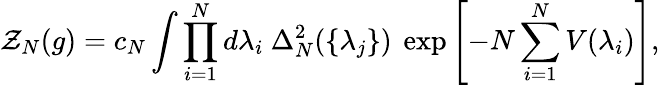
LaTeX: \mathcal{Z}_{N}(g)=c_{N}\int\prod_{i=1}^{N}d\lambda_{i}\ \Delta_{N}^{2}(\{ \lambda_{j}\} )\ \exp\left[-N\sum_{i=1}^{N}V(\lambda_{i})\right],